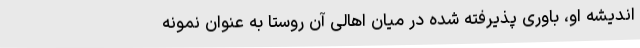
اندیشه او، باوری پذیرفته شده در میان اهالی آن روستا به عنوان نمونه